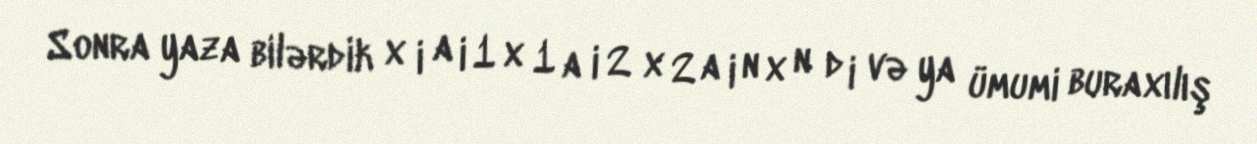
Sonra yaza bilərdik x i a i 1 x 1 a i 2 x 2 a i n x n d i və ya ümumi buraxılış